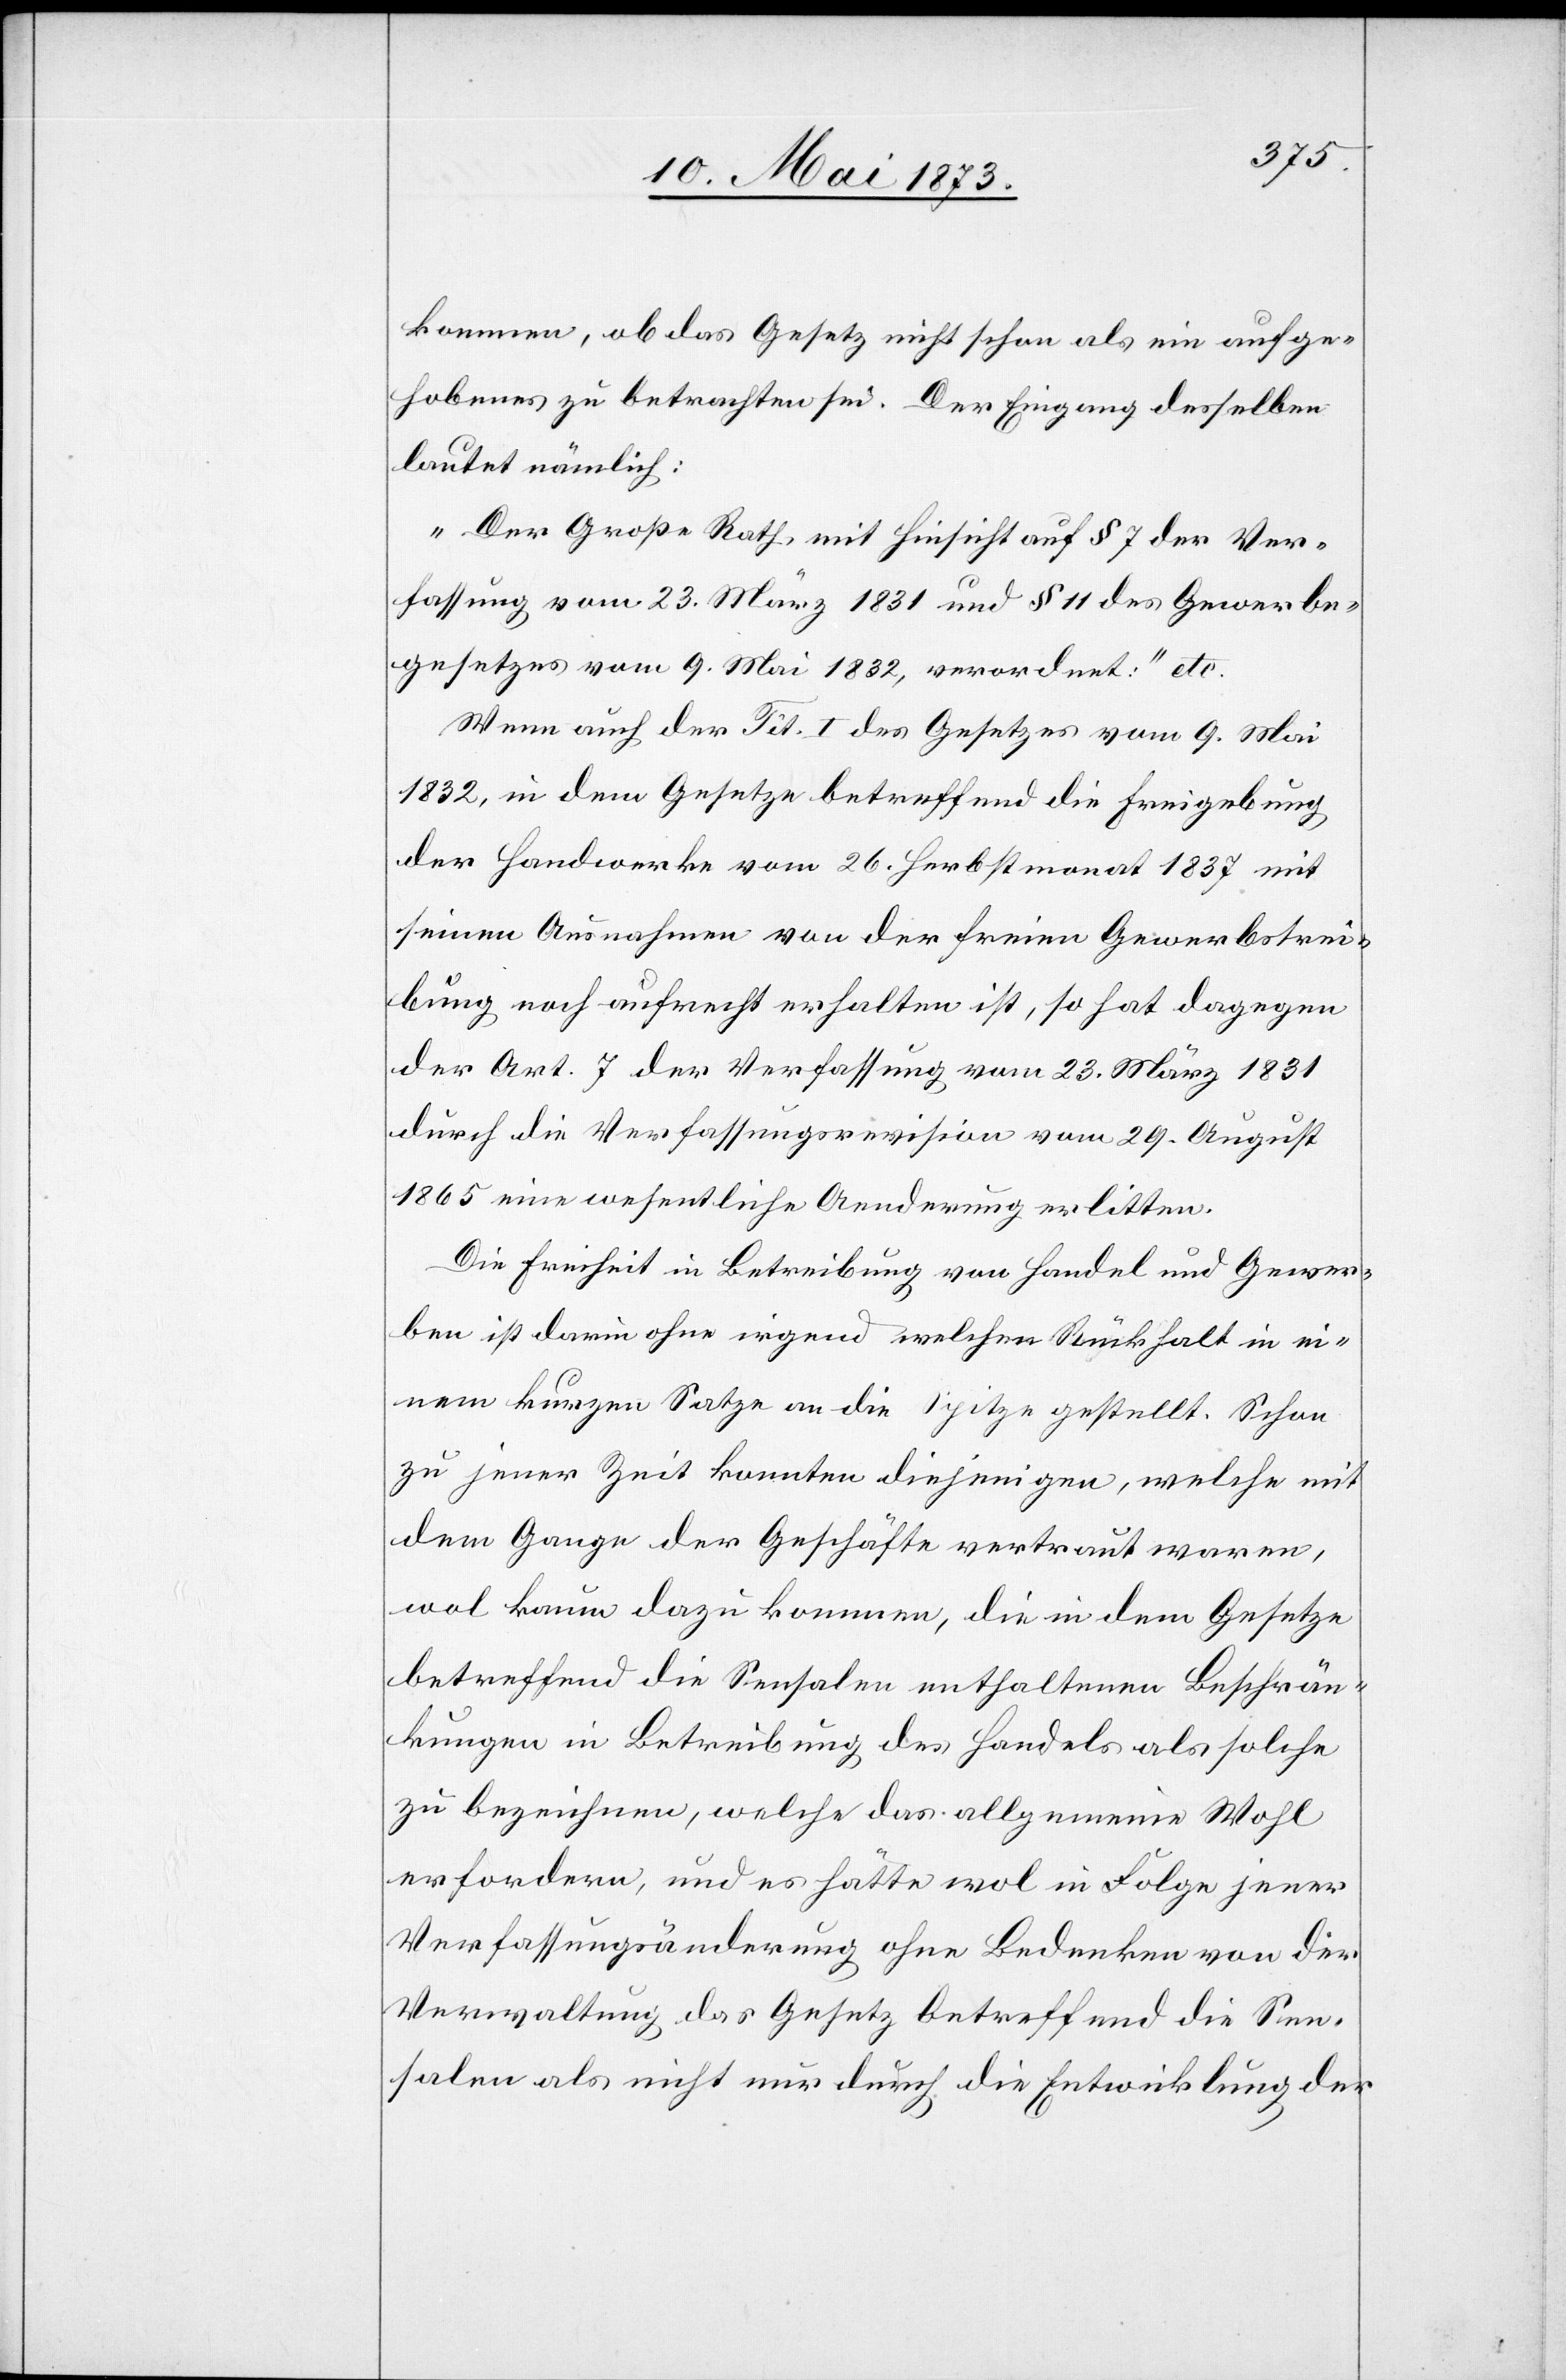
kommen, ob das Gesetz nicht schon als ein aufge¬
hobenes zu betrachten sei. Der Eingang desselben
lautet nämlich:
„Der Große Rath, mit Hinsicht auf § 7 der Ver¬
fassung vom 23. März 1831 und § 11 des Gewerbe¬
gesetzes vom 9. Mai 1832, verordnet:“ etc.
Wenn auch der Tit. I des Gesetzes vom 9. Mai
1832, in dem Gesetze betreffend die Freigebung
der Handwerke vom 26. Herbstmonat 1837 mit
seinen Ausnahmen von der freien Gewerbstrei¬
bung noch aufrecht erhalten ist, so hat dagegen
der Art. 7 der Verfassung vom 23. März 1831
durch die Verfassungsrevision vom 29. August
1865 eine wesentliche Aenderung erlitten.
Die Freiheit in Betreibung von Handel und Gewer¬
ben ist darin ohne irgend welchen Rückhalt in ei¬
nem kurzen Satze an die Spitze gestellt. Schon
zu jener Zeit konnten diejenigen, welche mit
dem Gange der Geschäfte vertraut waren,
wol kaum dazu kommen, die in dem Gesetze
betreffend die Sensalen enthaltenen Beschrän¬
kungen in Betreibung des Handels als solche
zu bezeichnen, welche das allgemeine Wohl
erfordern, und es hätte wol in Folge jener
Verfassungsänderung ohne Bedenken von der
Verwaltung das Gesetz betreffend die Sen¬
salen als nicht nur durch die Entwicklung der